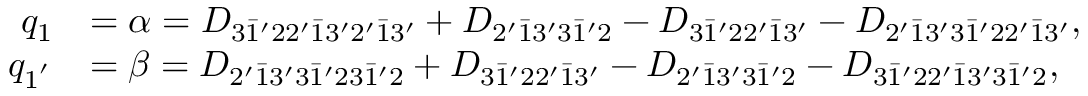
\begin{array} { r l } { q _ { 1 } } & { = \alpha = { D _ { 3 \bar { 1 } ^ { \prime } 2 2 ^ { \prime } \bar { 1 } 3 ^ { \prime } 2 ^ { \prime } \bar { 1 } 3 ^ { \prime } } } + { D _ { 2 ^ { \prime } \bar { 1 } 3 ^ { \prime } 3 \bar { 1 } ^ { \prime } 2 } } - { D _ { 3 \bar { 1 } ^ { \prime } 2 2 ^ { \prime } \bar { 1 } 3 ^ { \prime } } } - { D _ { 2 ^ { \prime } \bar { 1 } 3 ^ { \prime } 3 \bar { 1 } ^ { \prime } 2 2 ^ { \prime } \bar { 1 } 3 ^ { \prime } } } , } \\ { q _ { 1 ^ { ' } } } & { = \beta = { D _ { 2 ^ { \prime } \bar { 1 } 3 ^ { \prime } 3 \bar { 1 } ^ { \prime } 2 3 \bar { 1 } ^ { \prime } 2 } } + { D _ { 3 \bar { 1 } ^ { \prime } 2 2 ^ { \prime } \bar { 1 } 3 ^ { \prime } } } - { D _ { 2 ^ { \prime } \bar { 1 } 3 ^ { \prime } 3 \bar { 1 } ^ { \prime } 2 } } - { D _ { 3 \bar { 1 } ^ { \prime } 2 2 ^ { \prime } \bar { 1 } 3 ^ { \prime } 3 \bar { 1 } ^ { \prime } 2 } } , } \end{array}